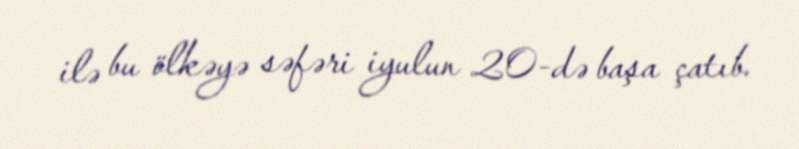
ilə bu ölkəyə səfəri iyulun 20-də başa çatıb.